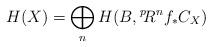
LaTeX: \begin{align*} H(X) = \bigoplus_n H(B,{}^p\! R^{n}f_*C_X ) \end{align*}